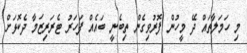
މި ހަމަލާތައް ދޭ މީހުން ފޮރުވިގެން ތިބެނީ ބައެއް ފަހަރު ޓެރަރިޒަމާ ދެކޮޅަށް